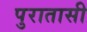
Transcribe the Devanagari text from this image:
पुरातासी